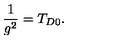
\frac { 1 } { g ^ { 2 } } = T _ { D 0 } .